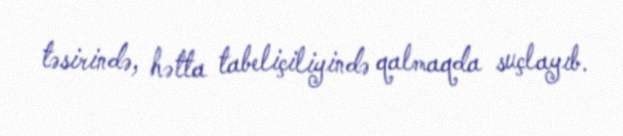
təsirində, hətta tabeliçiliyində qalmaqda suçlayıb.